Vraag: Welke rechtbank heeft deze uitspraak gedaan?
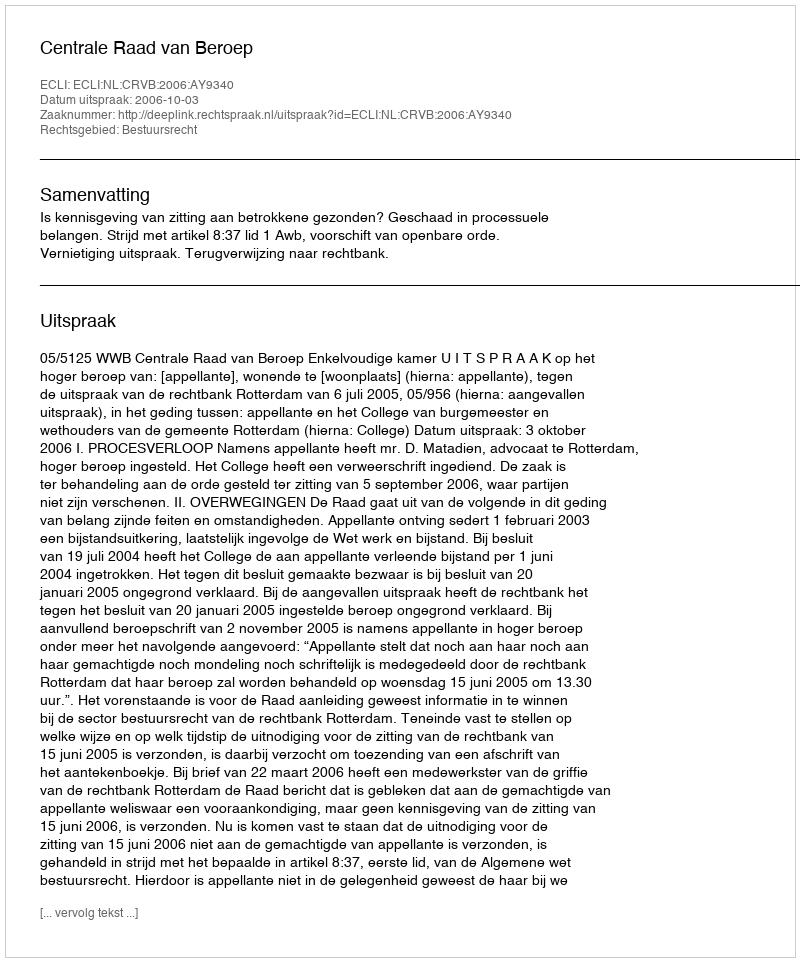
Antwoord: Centrale Raad van Beroep